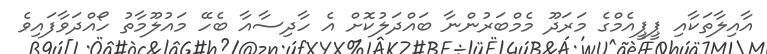
އާއިލާތަކާއި ޕީޕީއެމްގެ މަރަދޫ މެމްބަރުންނާ ބައްދަލުކޮށް އެ ހާދިސާއާ ބެހޭ މައުލޫމާތު ހޯއްދަވާފައިވެ